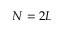
N = 2 L